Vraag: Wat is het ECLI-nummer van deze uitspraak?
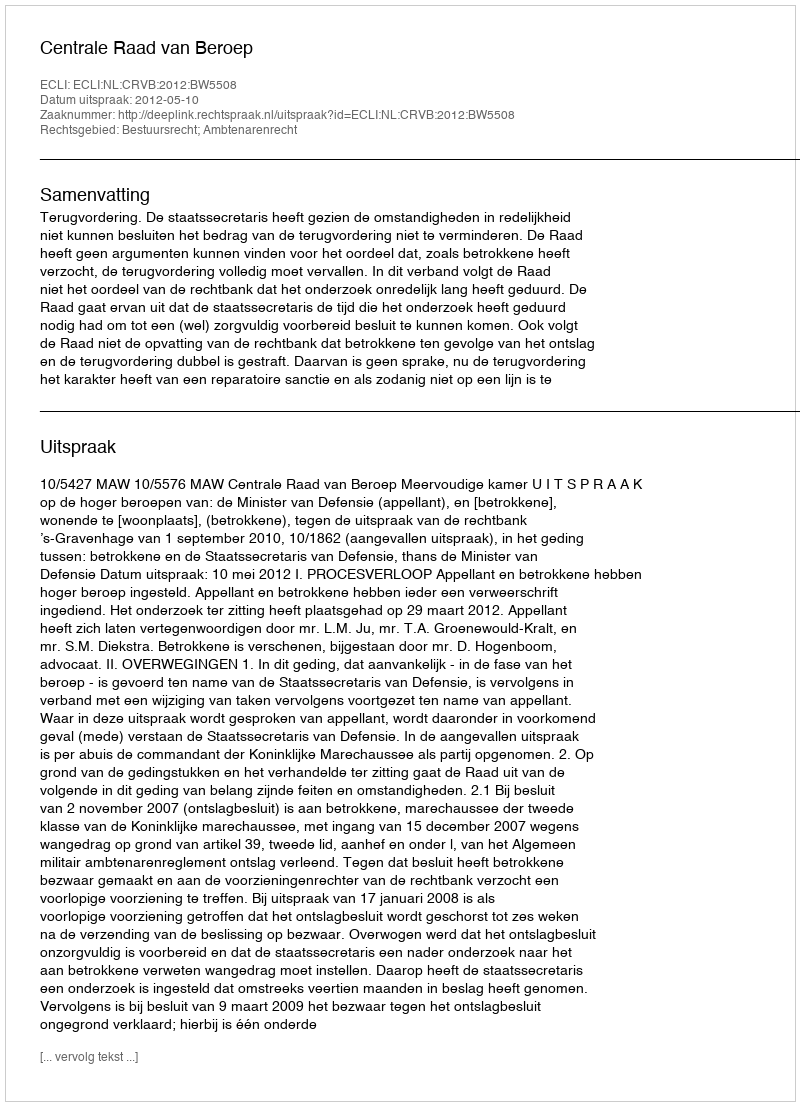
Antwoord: ECLI:NL:CRVB:2012:BW5508